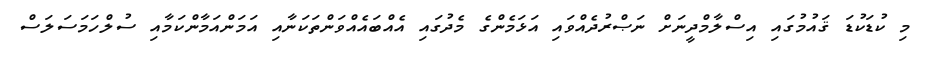
މި ކުޑަކުޑަ ޤައުމުގައި އިސްލާމްދީނަށް ނަޞްރުދެއްވައި އަޅަމެންގެ މެދުގައި އެއްބައެއްވަންތަކަނާއި އަމަންއަމާންކަމާއި ސުލްހަމަސަލަސް